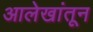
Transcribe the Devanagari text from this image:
आलेखांतून